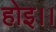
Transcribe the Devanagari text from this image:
होइ।।